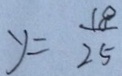
y = \frac { 1 8 } { 2 5 }